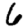
Digit: 6